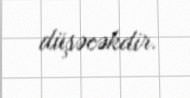
düşəcəkdir.